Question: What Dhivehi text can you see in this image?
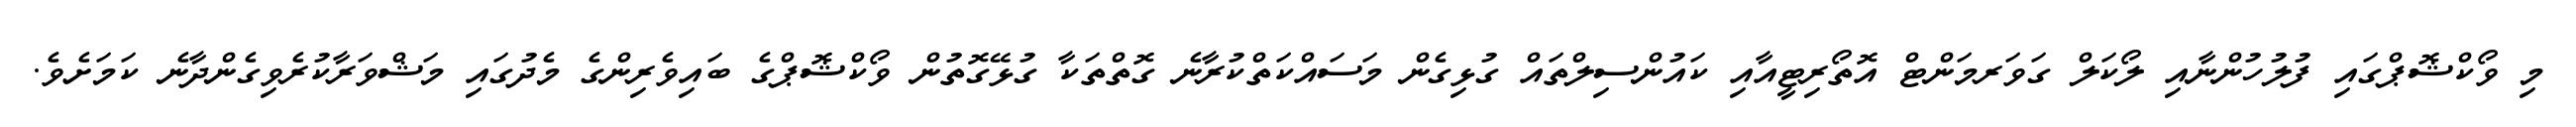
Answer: މި ވޯކްޝޮޕްގައި ފުލުހުންނާއި ލޯކަލް ގަވަރމަންޓް އޮތޯރިޓީއާއި ކައުންސިލްތައް ގުޅިގެން މަސައްކަތްކުރާނެ ގޮތްތަކާ ގުޅޭގޮތުން ވޯކްޝޮޕްގެ ބައިވެރިންގެ މެދުގައި މަޝްވަރާކުރެވިގެންދާނެ ކަމަށެވެ.